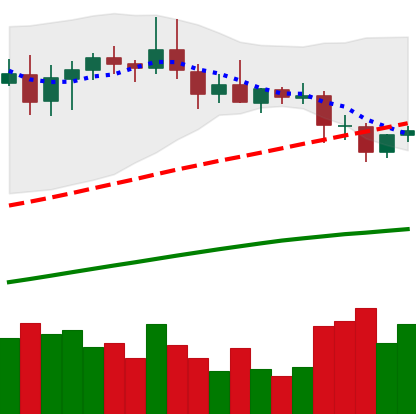
Ticker: DOGE-USD
Chart end date: 2020-08-29
Forward return: -14.625%
Label: down_7plus